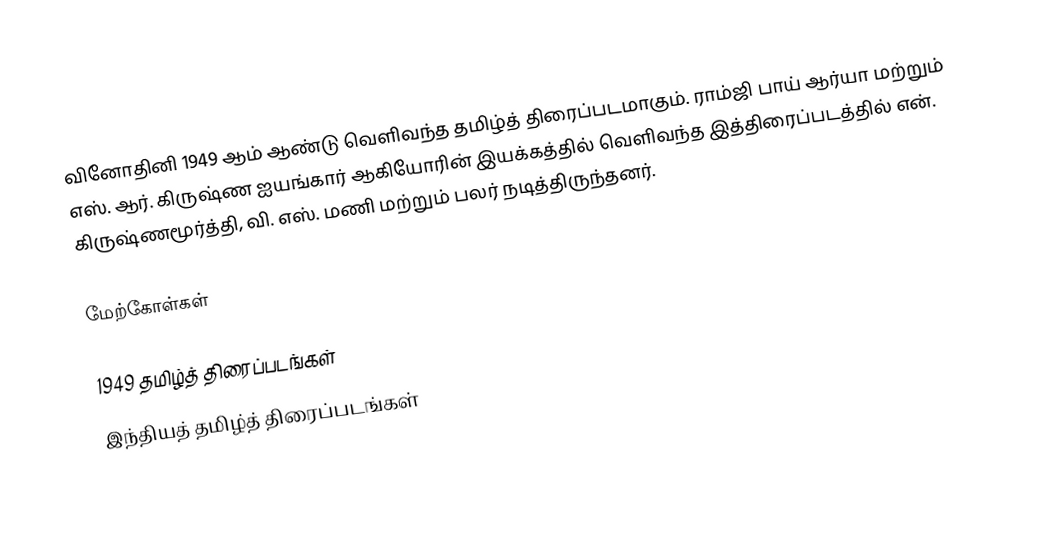
வினோதினி 1949 ஆம் ஆண்டு வெளிவந்த தமிழ்த் திரைப்படமாகும். ராம்ஜி பாய் ஆர்யா மற்றும் எஸ். ஆர். கிருஷ்ண ஐயங்கார் ஆகியோரின் இயக்கத்தில் வெளிவந்த இத்திரைப்படத்தில் என். கிருஷ்ணமூர்த்தி, வி. எஸ். மணி மற்றும் பலர் நடித்திருந்தனர்.

மேற்கோள்கள்

1949 தமிழ்த் திரைப்படங்கள்
இந்தியத் தமிழ்த் திரைப்படங்கள்